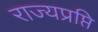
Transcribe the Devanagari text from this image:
राज्यप्रप्ति